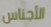
الأجناس